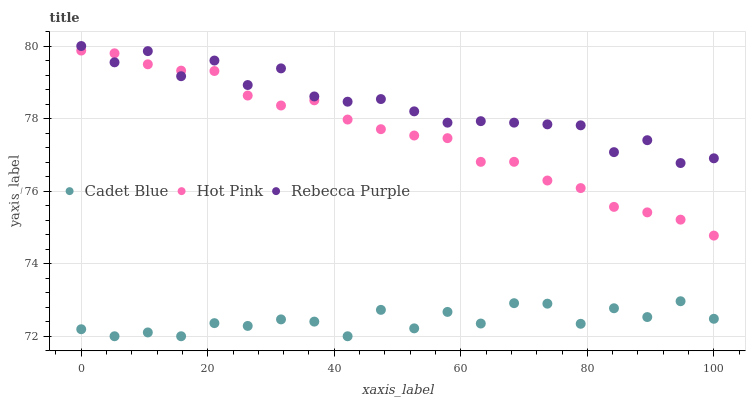
| xaxis_label | Cadet Blue | Hot Pink | Rebecca Purple |
 | --- | --- | --- | --- |
 | 0 | 72.2 | 79.9 | 80 |
 | 5.26 | 72 | 79.8 | 79.6 |
 | 10.5 | 72.1 | 79.5 | 79.9 |
 | 15.8 | 72 | 79.3 | 79.2 |
 | 21.1 | 72.4 | 79.3 | 79.6 |
 | 26.3 | 72.3 | 78.6 | 78.9 |
 | 31.6 | 72.5 | 78.4 | 79.4 |
 | 36.8 | 72.4 | 78.5 | 78.6 |
 | 42.1 | 72 | 78 | 78.5 |
 | 47.4 | 72.7 | 77.7 | 78.5 |
 | 52.6 | 72.2 | 77.5 | 78.2 |
 | 57.9 | 72.7 | 77.5 | 77.9 |
 | 63.2 | 72.4 | 76.8 | 77.9 |
 | 68.4 | 72.9 | 76.8 | 77.9 |
 | 73.7 | 72.9 | 76.3 | 77.8 |
 | 78.9 | 72.3 | 76.1 | 77.8 |
 | 84.2 | 72.8 | 75.6 | 77.1 |
 | 89.5 | 72.5 | 75.4 | 77.4 |
 | 94.7 | 73 | 75.2 | 76.8 |
 | 100 | 72.5 | 74.8 | 76.9 |